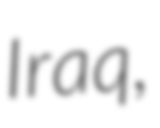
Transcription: Iraq,